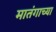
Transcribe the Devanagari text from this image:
मातंगाच्या